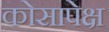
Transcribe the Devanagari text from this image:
कोसापेक्ष